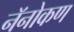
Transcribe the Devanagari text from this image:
नॅनोकण